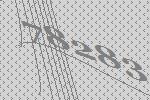
78283